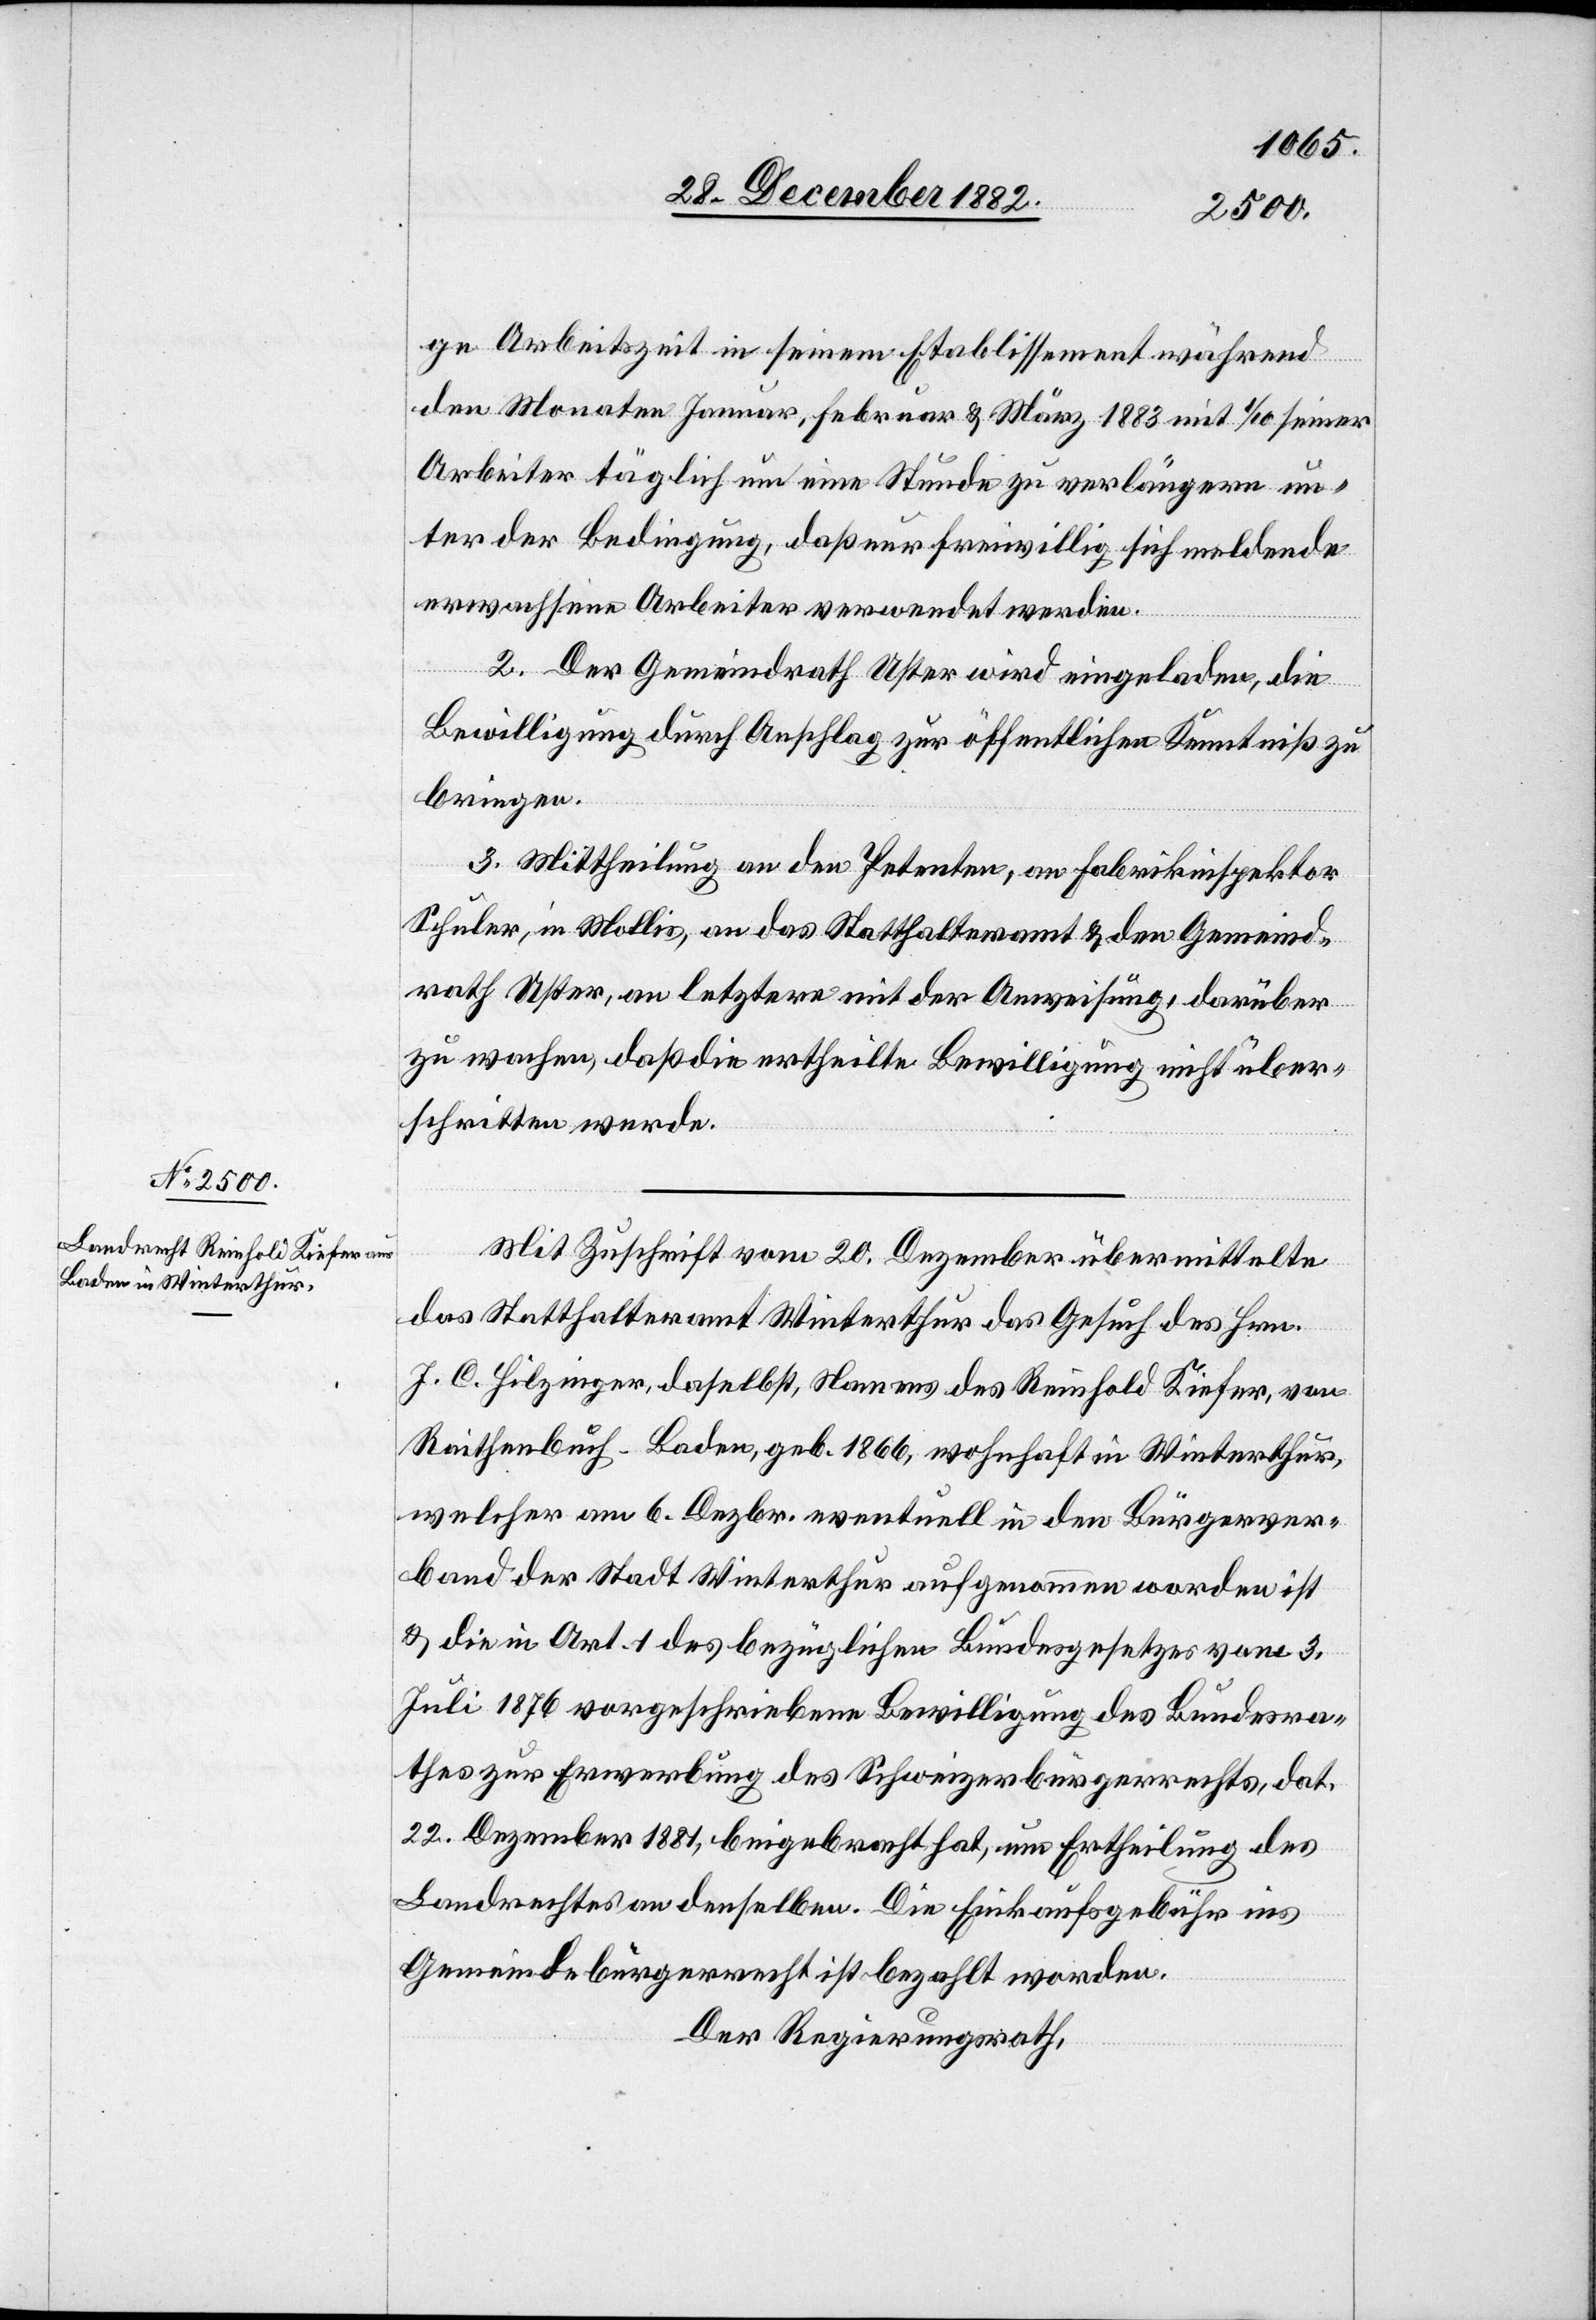
ge Arbeitszeit in seinem Etablissement während
den Monaten Januar, Februar & März 1883 mit 1/10 seiner
Arbeiter täglich um eine Stunde zu verlängern un¬
ter der Bedingung, daß nur freiwillig sich meldende
erwachsene Arbeiter verwendet werden.
2. Der Gemeindrath Uster wird eingeladen, die
Bewilligung durch Anschlag zur öffentlichen Kenntniß zu
bringen.
3. Mittheilung an den Petenten, an Fabrikinspektor
Schuler, in Mollis, an das Statthalteramt & den Gemeind¬
rath Uster, an letztere mit der Anweisung, darüber
zu wachen, daß die ertheilte Bewilligung nicht über¬
schritten werde.
Mit Zuschrift vom 20. Dezember übermittelte
das Statthalteramt Winterthur das Gesuch des Hrn.
J. C. Hilzinger, daselbst, Namens des Reinhold Kiefer, von
Raithenbuch - Baden, geb. 1866, wohnhaft in Winterthur,
welcher am 6. Dezbr. eventuell in den Bürgerver¬
band der Stadt Winterthur aufgenommen worden ist
& die in Art. 1 des bezüglichen Bundesgesetzes vom 3.
Juli 1876 vorgeschriebene Bewilligung des Bundesra¬
thes zur Erwerbung des Schweizerbürgerrechts, dat.
22. Dezember 1881, beigebracht hat, um Ertheilung des
Landrechtes an denselben. Die Einkaufsgebühr ins
Gemeindebürgerrecht ist bezahlt worden.
Der Regierungsrath,